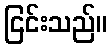
ငြင်းသည်။